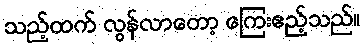
သည့်ထက် လွန်လာတော့ ကြေးဧည့်သည်။